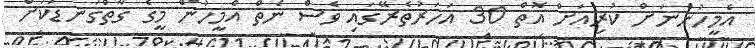
އެމީހުންނަށް ކުރިއަށް އޮތް 30 އަހަރުތެރޭގައި ވެސް ނެތް އެމީހުން މީގެ ގާތްގަނޑަކަށް